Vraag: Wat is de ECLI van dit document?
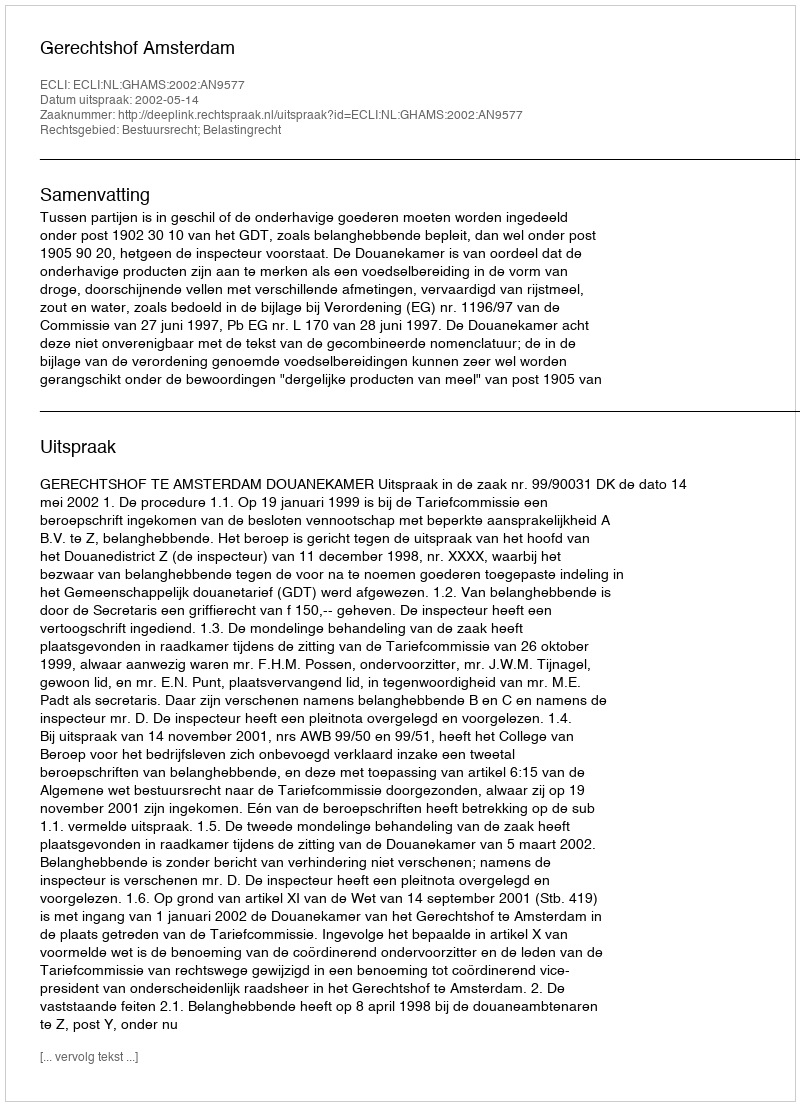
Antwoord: ECLI:NL:GHAMS:2002:AN9577